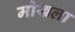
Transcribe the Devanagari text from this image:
मोखला